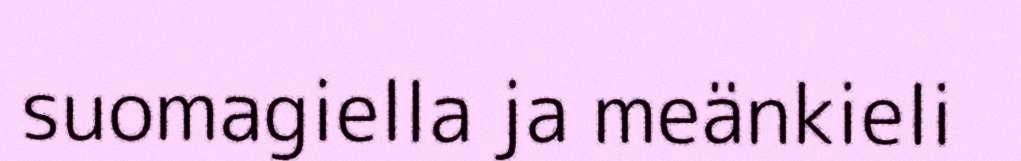
suomagiella ja meänkieli